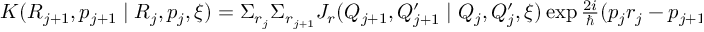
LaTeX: \begin{array} { l } { { K ( R _ { j + 1 } , p _ { j + 1 } \mid R _ { j } , p _ { j } , \xi ) = \Sigma _ { r _ { j } } \Sigma _ { r _ { j + 1 } } J _ { r } ( Q _ { j + 1 } , Q _ { j + 1 } ^ { \prime } \mid Q _ { j } , Q _ { j } ^ { \prime } , \xi ) \exp \frac { 2 i } { \hbar } ( p _ { j } r _ { j } - p _ { j + 1 } r _ { j + 1 } ) . } } \end{array}